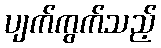
ပျက်ကွက်သည့်